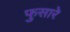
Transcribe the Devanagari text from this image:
फुसारे